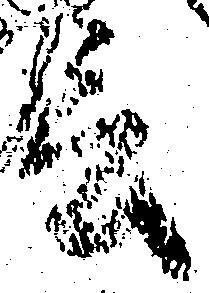
言